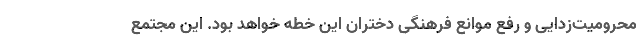
محرومیت‌زدایی و رفع موانع فرهنگی دختران این خطه خواهد بود. این مجتمع